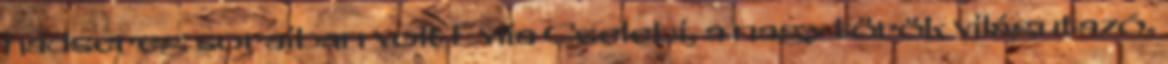
hadsereg soraiban volt Evlia Cselebi, a nagy török világutazó,